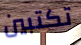
تكتبين